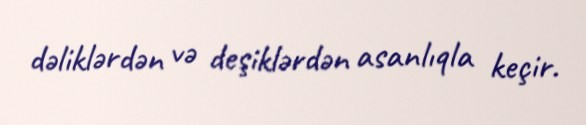
dəliklərdən və deşiklərdən asanlıqla keçir.